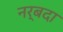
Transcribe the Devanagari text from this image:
नर्बदा